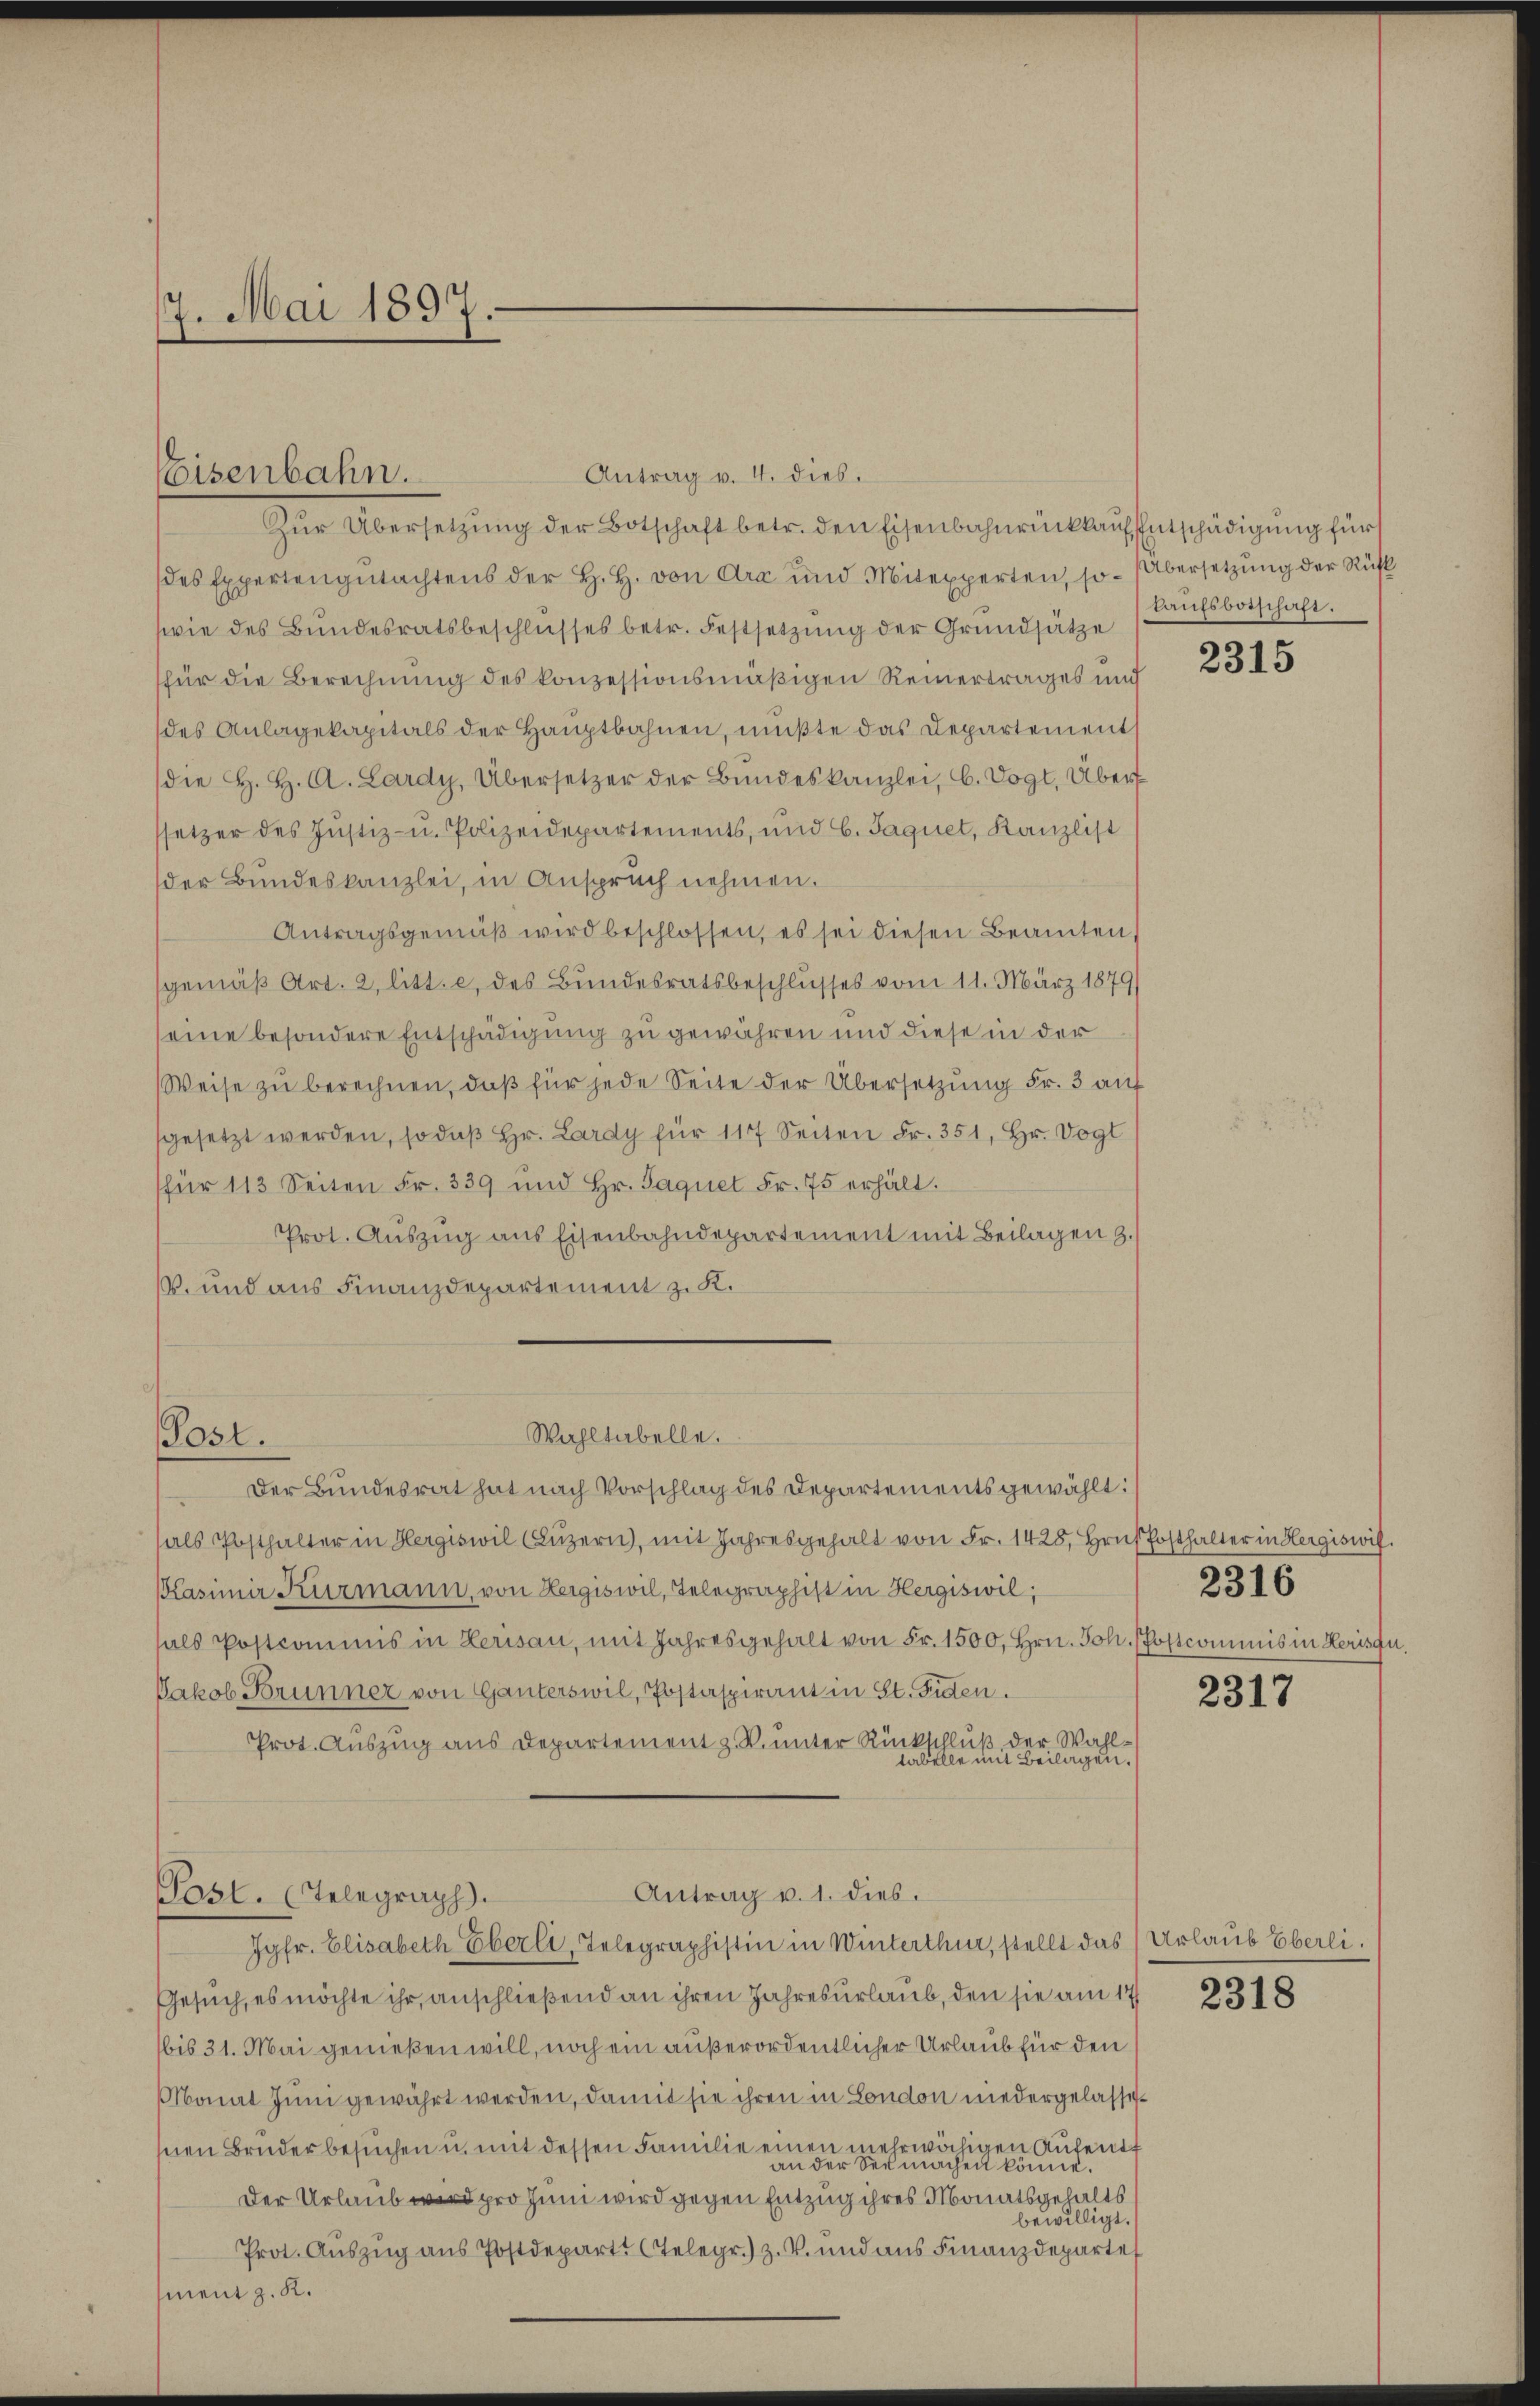
7. Mai 1897.

Eisenbahn.

Zur Übersetzung der Botschaft betr. den Eisenbahnrückkauf Entschädigung für
des Expertengutachtens der H. H. von Arx und Mitexperten, so – Übersetzung der Rück
wie des Bundesratsbeschlusses betr. Festsetzŭng der Grundsätze
für die Berechnung des konzessionsmäßigen Reinertrages und
des Anlagekapitals der Haŭptbahnen, müßte das Departement
(die H. H. A. Lardy, Übersetzer der Bundeskanzlei, b. Vogt. Über
setzer des Justiz- u. Polizeidepartements, und 6. Jaquet, Kanzlist
der Bundeskanzlei, in Anspruch nehmen.
Antragsgemäβ wird beschlossen, es sei diesen Beamten
sgemäß Art. 2, litt. e, des Bundesratsbeschlusses vom 11. März 1879/
seine besondere Entschädigung zu gewähren und diese in der
Weise zu berechnen, daß für jede Seite der Übersetzung Fr. 3 auf
sgesetzt werden, so daß Hr. Lardy für 117 Seiten Fr. 351, Hr. Vogt
für 113 Seiten Fr. 339 und Hr. Saquet Fr. 75 erhält.
Prot. Auszug aus Eisenbahndepartement mit Beilagen z.
V. und aus Finanzdepartement z. K.
Wahltabelle.
Post.
Der Bundesrat hat nach Vorschlag des Departements gewählt:
als Posthalter in Hergiswil (Lŭzern, mit Jahresgehalt von Fr. 1428, Hrn. Posthalter in Hergiswif.
Kasimir Kurmann, von Hergiswil, Telegraphist in Hergiswil;
hals Postcommis in Herisau, mit Jahresgehalt von Fr. 1500, Hrn. Joh. Postcommis in Herisau.
Jakob Brunner von Ganterswil, Postaspirant in St. Guten.
Prot. Auszug aus Departement z. B. unter Rückschluß der Wahltabelle mit Beilagen.
Antrag v. 1. dies.
Post. (Telegraph.
Jgfr. Elisabeth Eberli, Telegraphistin in Winterthur, stellt das Urlaub Eberli.
Gesuch, es möchte ihr, anschließend an ihren Jahresurlaub, den sie am 17
bis 31. Mai gemeßen will, noch ein außerordentlicher Urlaub für den
Monat Juni gewährt werden, damit sie ihren in London niedergelassehnen Bruder besuchen u. mit dessen Familie einen mehrwächigen Aufent
an der der machen könne.
Der Urlaub er pro Juni wird gegen Entzug ihres Monatsgehalts
bewilligt.
Prot. Auszug aus Postdeparts Telegr.) z. B. und aus Finanzdepartet
ment z. R.

kaufsbeschaft.

2315

2316

2317

2318